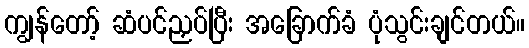
ကျွန်တော့် ဆံပင်ညှပ်ပြီး အခြောက်ခံ ပုံသွင်းချင်တယ်။